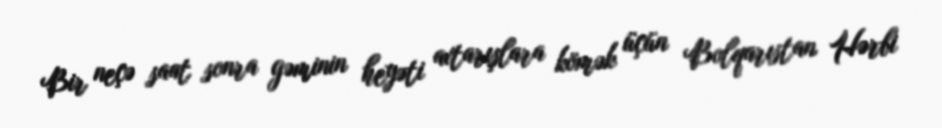
Bir neçə saat sonra gəminin heyəti axtarışlara kömək üçün Bolqarıstan Hərbi